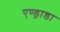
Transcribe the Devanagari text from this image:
एण्ड्राडा